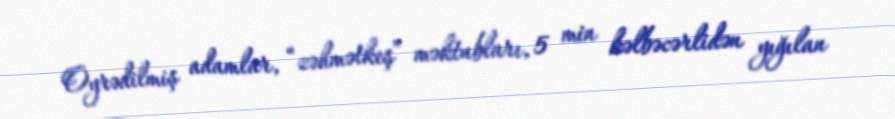
Öyrədilmiş adamlar, “zəhmətkeş” məktubları, 5 min kəlbəcərlidən yığılan